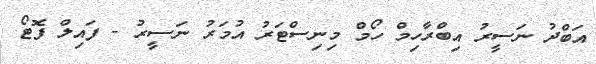
އަބްދު ނަސީރު އިބްރާހިމް ހޯމް މިނިސްޓަރު އުމަރު ނަސީރު - ފައިލް ފޮޓޯ